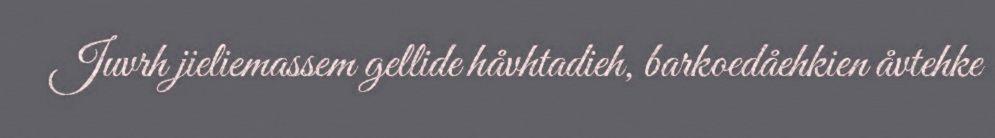
Juvrh jieliemassem gellide håvhtadieh, barkoedåehkien åvtehke